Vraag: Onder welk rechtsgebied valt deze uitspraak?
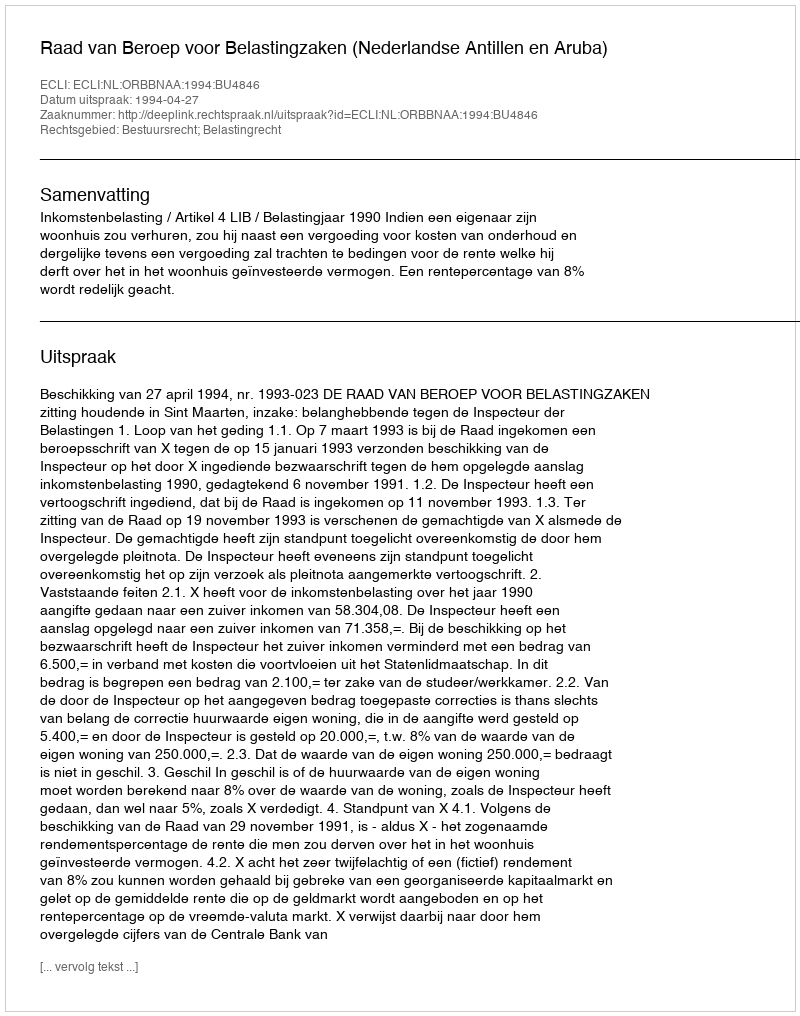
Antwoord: Bestuursrecht; Belastingrecht